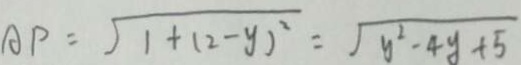
A P = \sqrt { 1 + ( 2 - y ) ^ { 2 } } = \sqrt { y ^ { 2 } - 4 y + 5 }